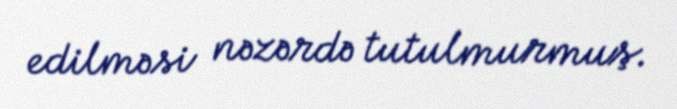
edilməsi nəzərdə tutulmurmuş.